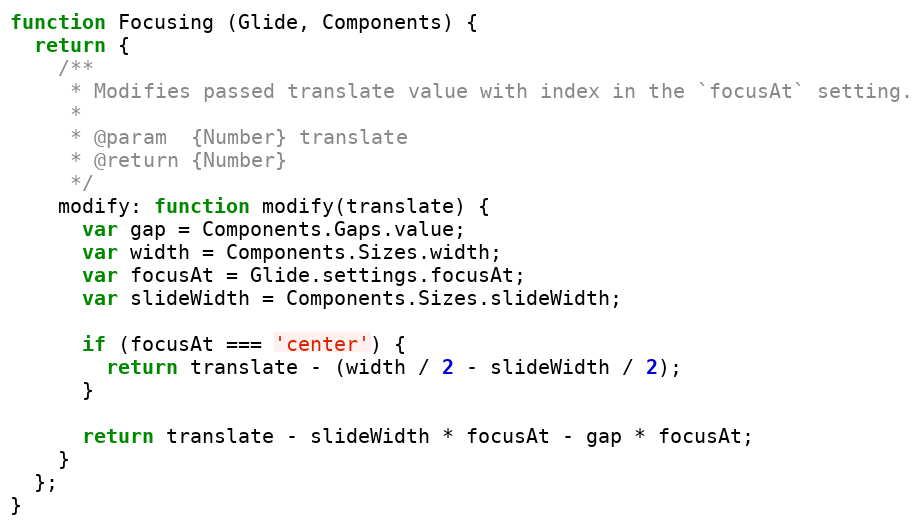
Language: JavaScript
function Focusing (Glide, Components) {
  return {
    /**
     * Modifies passed translate value with index in the `focusAt` setting.
     *
     * @param  {Number} translate
     * @return {Number}
     */
    modify: function modify(translate) {
      var gap = Components.Gaps.value;
      var width = Components.Sizes.width;
      var focusAt = Glide.settings.focusAt;
      var slideWidth = Components.Sizes.slideWidth;

      if (focusAt === 'center') {
        return translate - (width / 2 - slideWidth / 2);
      }

      return translate - slideWidth * focusAt - gap * focusAt;
    }
  };
}